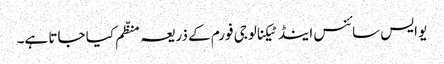
یو ایس سائنس اینڈ ٹیکنالوجی فورم کے ذریعہ منظّم کیا جاتا ہے۔